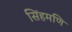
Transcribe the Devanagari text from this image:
सिंहमणि